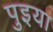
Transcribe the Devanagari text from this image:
पुइया